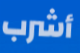
أشرب